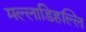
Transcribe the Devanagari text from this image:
मल्‍लाडिहल्‍लि